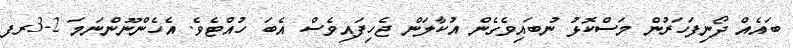
ބައެެއް ދޯނިފަހަރުން މަސްކޮޅު ނުބައިވެގެން އުކާލަން ޖެހިފައިވެސް އެބަ ހުއްޓެވެ. އެހެންނޫންނަމަ 2-3ރފ